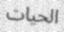
الحيات